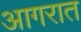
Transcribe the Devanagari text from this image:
आगरात